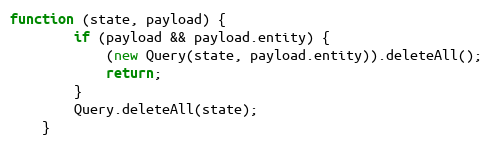
Language: JavaScript
function (state, payload) {
        if (payload && payload.entity) {
            (new Query(state, payload.entity)).deleteAll();
            return;
        }
        Query.deleteAll(state);
    }